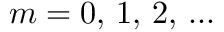
m = 0 , \, 1 , \, 2 , \, . . .